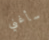
سأغني